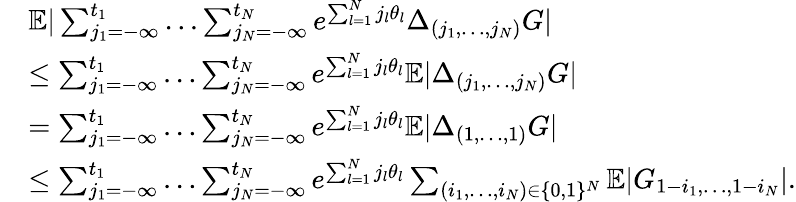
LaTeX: \begin{array}{rl}&{\mathbb{E}|\sum_{j_{1}=-\infty}^{t_{1}}\dots\sum_{j_{N}=-\infty}^{t_{N}}e^{\sum_{l=1}^{N}j_{l}\theta_{l}}\Delta_{(j_{1},\dots,j_{N})}G|}\\ &{\leq\sum_{j_{1}=-\infty}^{t_{1}}\dots\sum_{j_{N}=-\infty}^{t_{N}}e^{\sum_{l=1}^{N}j_{l}\theta_{l}}\mathbb{E}|\Delta_{(j_{1},\dots,j_{N})}G|}\\ &{=\sum_{j_{1}=-\infty}^{t_{1}}\dots\sum_{j_{N}=-\infty}^{t_{N}}e^{\sum_{l=1}^{N}j_{l}\theta_{l}}\mathbb{E}|\Delta_{(1,\dots,1)}G|}\\ &{\leq\sum_{j_{1}=-\infty}^{t_{1}}\dots\sum_{j_{N}=-\infty}^{t_{N}}e^{\sum_{l=1}^{N}j_{l}\theta_{l}}\sum_{(i_{1},\dots,i_{N})\in\{ 0,1\} ^{N}}\mathbb{E}|G_{1-i_{1},\dots,1-i_{N}}|.}\end{array}